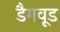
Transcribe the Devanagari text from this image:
डैगवूड